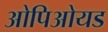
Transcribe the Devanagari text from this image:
ओपिओयड